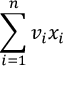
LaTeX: \sum _ { i = 1 } ^ { n } v _ { i } x _ { i }